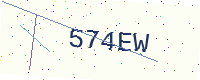
Text: 574EW